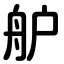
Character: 舮